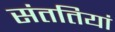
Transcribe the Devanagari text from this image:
संततियां